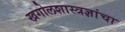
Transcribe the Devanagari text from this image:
खगोलशास्त्रज्ञांचा